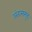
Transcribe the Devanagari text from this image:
अंतःसमूह